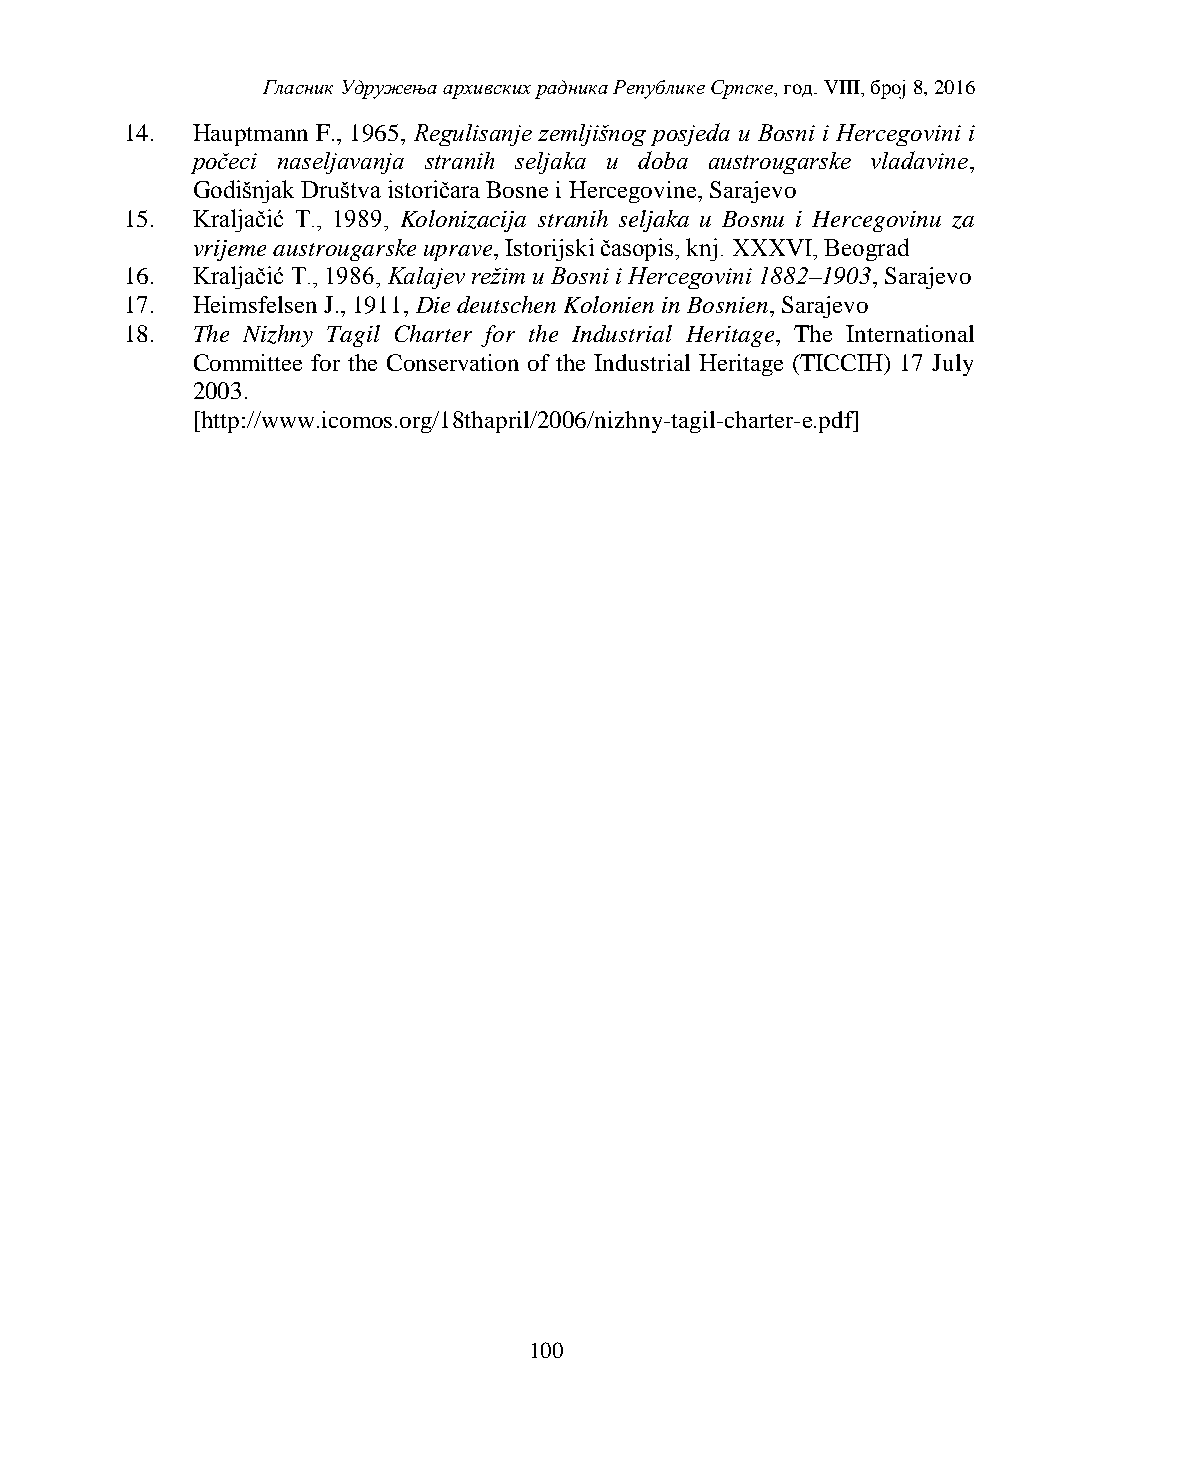
Гласник Удружења архивских радника Републике Српске, год. VIII, број 8, 2016
 14.  Hauptmann F., 1965, Regulisanje zemljišnog posjeda u Bosni i Hercegovini i
 počeci naseljavanja stranih seljaka u doba austrougarske vladavine,
 Godišnjak Društva istoričara Bosne i Hercegovine, Sarajevo
 15.  Kraljačić T., 1989, Kolonizacija stranih seljaka u Bosnu i Hercegovinu za
 vrijeme austrougarske uprave, Istorijski časopis, knj. XXXVI, Beograd
 16.  Kraljačić T., 1986, Kalajev režim u Bosni i Hercegovini 1882–1903, Sarajevo
 17.  Heimsfelsen J., 1911, Die deutschen Kolonien in Bosnien, Sarajevo
 18.  The Nizhny Tagil Charter for the Industrial Heritage, The International
 Committee for the Conservation of the Industrial Heritage (TICCIH) 17 July
 2003.
 [http://www.icomos.org/18thapril/2006/nizhny-tagil-charter-e.pdf]
 100